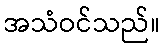
အသံဝင်သည်။